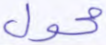
محول